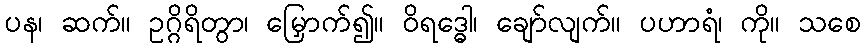
ပန၊ ဆက်။ ဥဂ္ဂိရိတွာ၊ မြှောက်၍။ ဝိရဒ္ဓေါ၊ ချော်လျက်။ ပဟာရံ၊ ကို။ သစေ